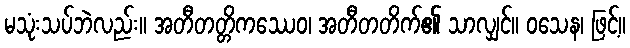
မသုံးသပ်ဘဲလည်း။ အတီတတ္တိကဿေဝ၊ အတီတတိက်၏ သာလျှင်။ ဝသေန၊ ဖြင့်။